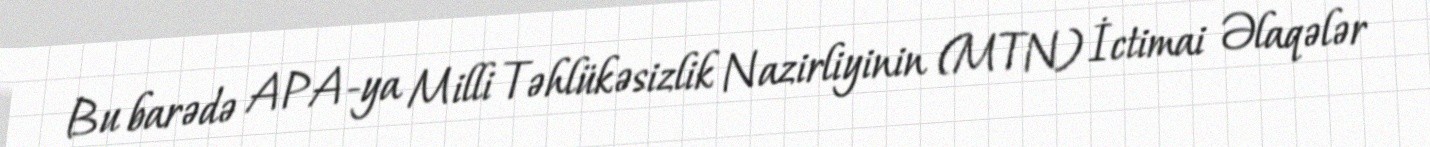
Bu barədə APA-ya Milli Təhlükəsizlik Nazirliyinin (MTN) İctimai Əlaqələr